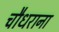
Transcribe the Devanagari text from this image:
चौधराना